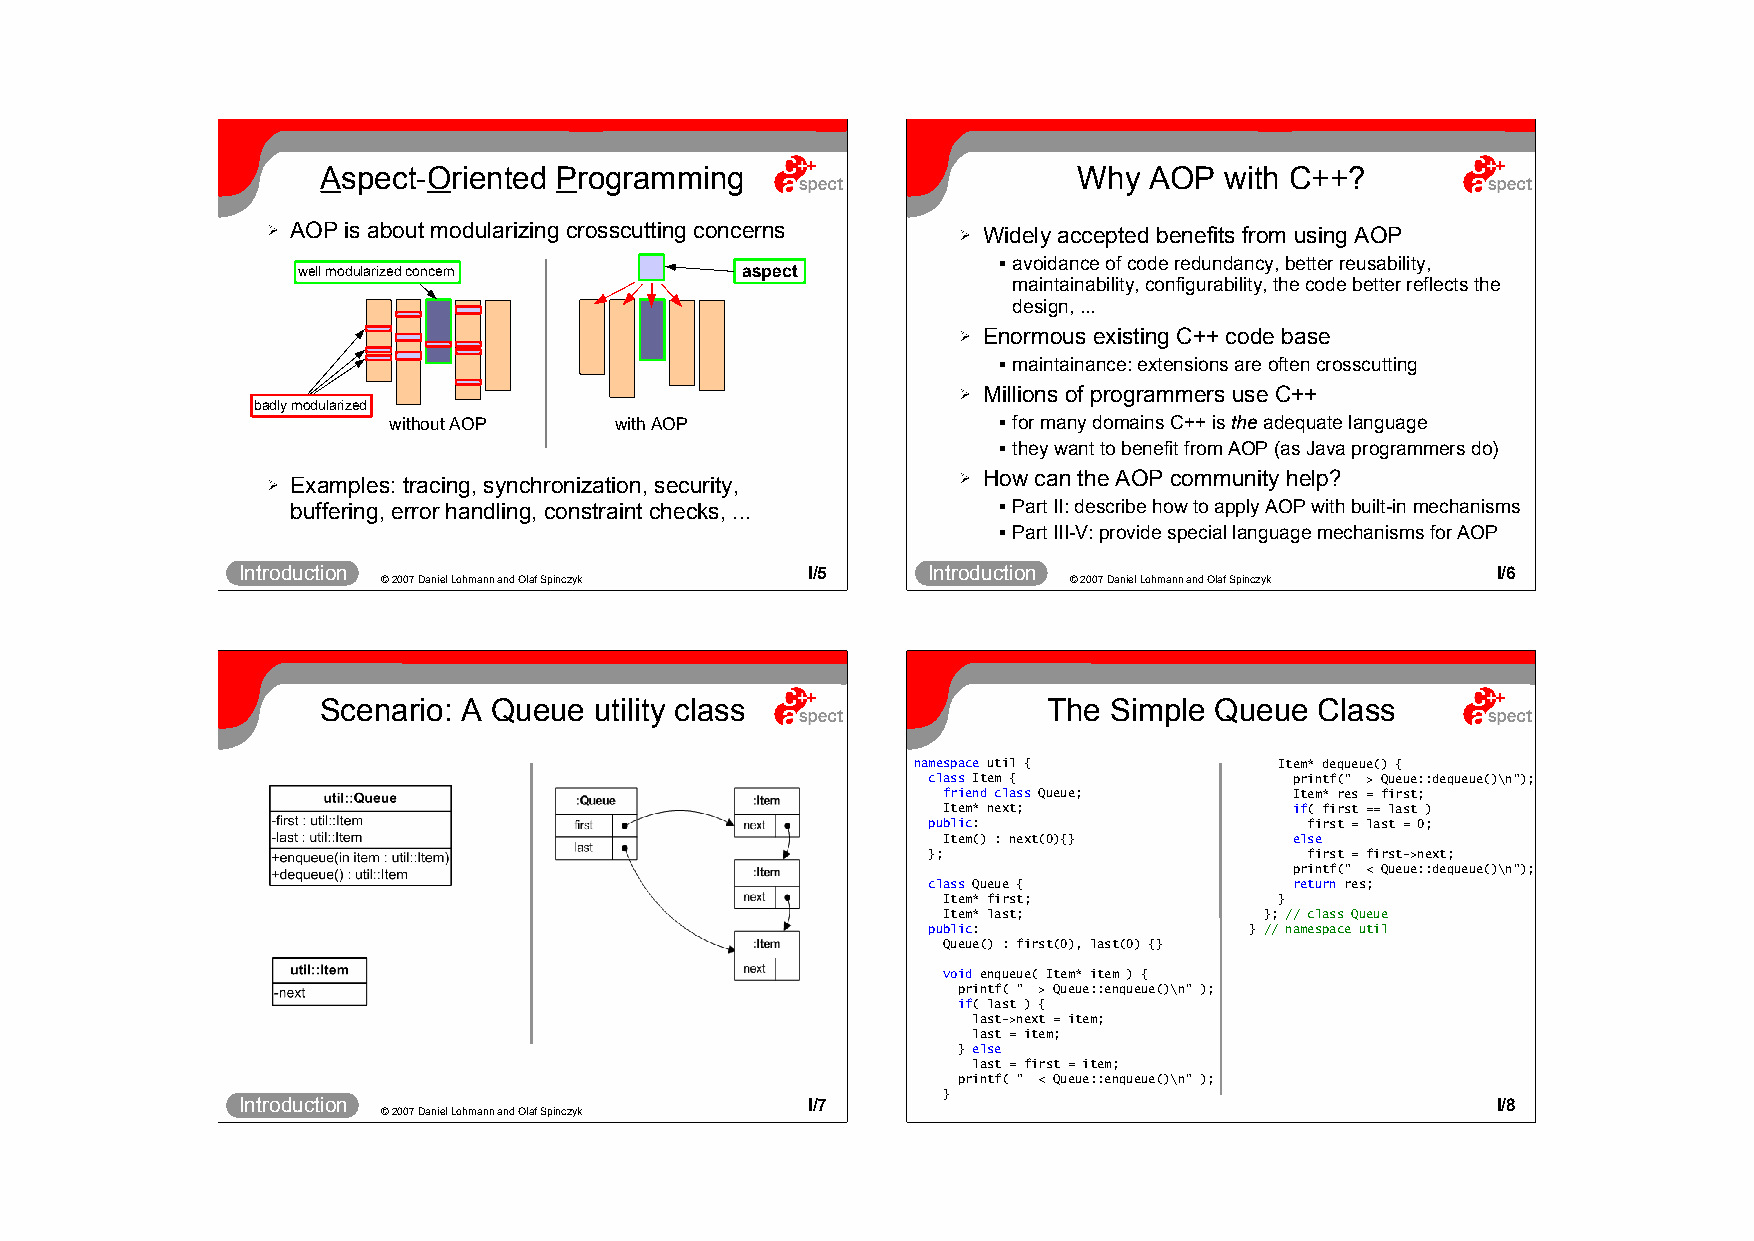
Aspect-Oriented Programming                       Why  AOP  with C++?
 ➢ AOP is about modularizing crosscutting concerns ➢ Widely accepted benefits from using AOP
 well modularized concern     aspect            avoidance of code redundancy, better reusability,
 maintainability, configurability, the code better reflects the
 design, ...
 ➢ Enormous existing C++ code base
  maintainance: extensions are often crosscutting
 ➢ Millions of programmers use C++
 badly modularized
 without AOP    with AOP                  for many domains C++ is the adequate language
  they want to benefit from AOP (as Java programmers do)
 ➢ Examples: tracing, synchronization, security, ➢ How can the AOP community help?
 buffering, error handling, constraint checks, ...  Part II: describe how to apply AOP with built-in mechanisms
  Part III-V: provide special language mechanisms for AOP
 Introduction                         I/5     Introduction                          I/6
 © 2007 Daniel Lohmann and Olaf Spinczyk       © 2007 Daniel Lohmann and Olaf Spinczyk
 Scenario: A Queue utility class                 The Simple Queue  Class
 namespace util {         Item* dequeue() {
 class Item {             printf(" > Queue::dequeue()\n");
 friend class Queue;     Item* res = first;
 Item* next;             if( first == last )
 public:                   first = last = 0;
 Item() : next(0){}      else
 };                        first = first->next;
 printf(" < Queue::dequeue()\n");
 class Queue {            return res;
 Item* first;           }
 Item* last;           }; // class Queue
 public:               } // namespace util
 Queue() : first(0), last(0) {}
 void enqueue( Item* item ) {
 printf( " > Queue::enqueue()\n" );
 if( last ) {
 last->next = item;
 last = item;
 } else
 last = first = item;
 printf( " < Queue::enqueue()\n" );
 }
 Introduction
 © 2007 Daniel Lohmann and Olaf Spinczyk
 I/7     I n troduction
 © 2007 Daniel Lohmann and Olaf Spinczyk
 I/8